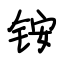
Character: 铵